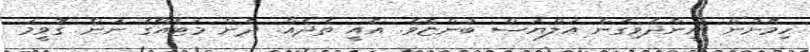
ހިމޭނުން ނީންދެވިގެން އަލްޔަސް ބުންޏެވެ. އެއީ ތެދެއް. ދެން މަޓެއޯގެ ނަން ގޮވީމަ